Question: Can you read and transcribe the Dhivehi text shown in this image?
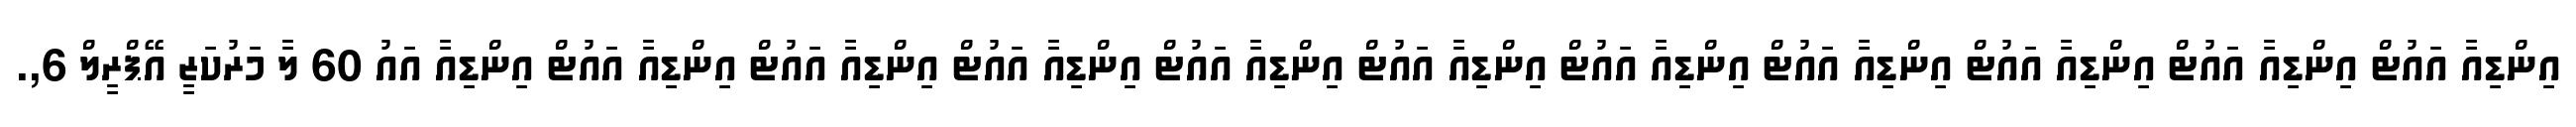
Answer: އިންޑިއާ އައުޓް އިންޑިއާ އައުޓް އިންޑިއާ އައުޓް އިންޑިއާ އައުޓް އިންޑިއާ އައުޓް އިންޑިއާ އައުޓް އިންޑިއާ އައުޓް އިންޑިއާ އައުޓް އިންޑިއާ އައުޓް އިންޑިއާ އައުޓް އިންޑިއާ އައު 60 ލާ މަރުކަޒީ އޭޕްރީލް 6,.